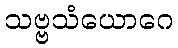
သဗ္ဗသံယောဂေ